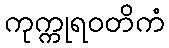
ကုက္ကုရဝတိကံ